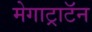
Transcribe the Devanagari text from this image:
मेगाट्राटॅन